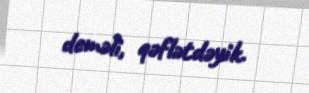
deməli, qəflətdəyik.